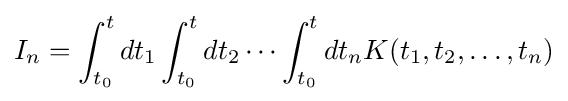
I_{n}=\int _{t_{0}}^{t}dt_{1}\int _{t_{0}}^{t}dt_{2}\cdots \int _{t_{0}}^{t}dt_{n}K(t_{1},t_{2},\dots ,t_{n})